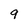
Character: 9